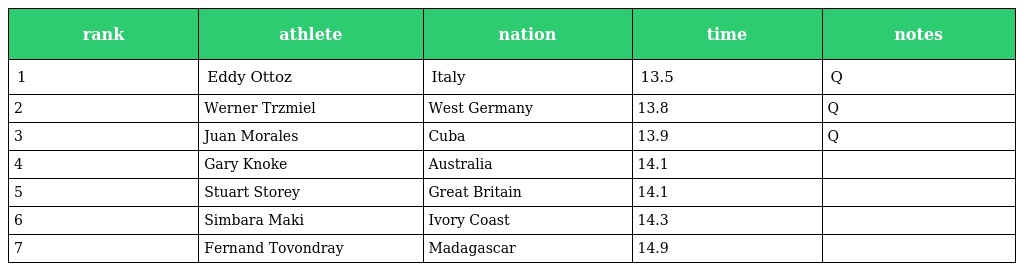
| rank | athlete | nation | time | notes |
 | --- | --- | --- | --- | --- |
 | 1 | Eddy Ottoz | Italy | 13.5 | Q |
 | 2 | Werner Trzmiel | West Germany | 13.8 | Q |
 | 3 | Juan Morales | Cuba | 13.9 | Q |
 | 4 | Gary Knoke | Australia | 14.1 |  |
 | 5 | Stuart Storey | Great Britain | 14.1 |  |
 | 6 | Simbara Maki | Ivory Coast | 14.3 |  |
 | 7 | Fernand Tovondray | Madagascar | 14.9 |  |